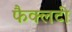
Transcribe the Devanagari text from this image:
फैक्‍लटी